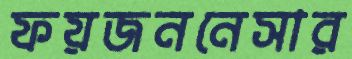
ফয়জননেসার